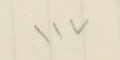
١١٧